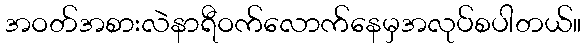
အဝတ်အစားလဲနာရီဝက်လောက်နေမှအလုပ်စပါတယ်။